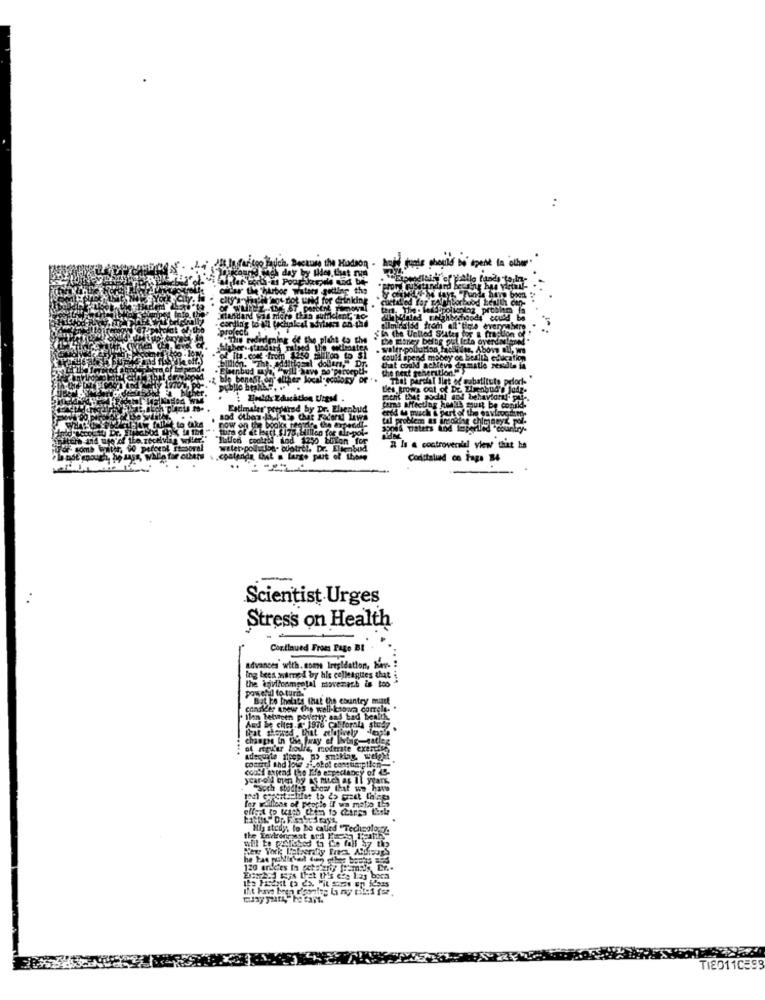
use the Hodson .
Enpendleity of iAllo funds to In-
harbor waters gelling the
IL dot wold for drinking
cuctalied for palmhborhood health cep-
rudidming of the pluit to the
Sla the United States for
her .. standary ratyed the wolfmates
of Its.com -from 4250 mililico to $1
could spend money ce health educat
billion. The. additional dollars," Dr.
Eisenbud wya
that could acheve de matle resulte
the next generation.""
ble bon
Test og" alther local-ecology of ..
That parcial llet of substitute pelod-
Les grows out of Dr. Zimenbud's judz.
Fatimaler" prepared by Dr. Elsenbud
Cams affecting health must be conik-
ered w much & part of the envioochen.
aod ctben la l'ab that Federal laws
now on the books rentre the expedidi-
tura of et leurt $175, billion for @li-pol-
soped waters And imperlled "country-
"Ibilen coolall iod 1250 bolon for
wiler pollutba- botrel. Dr. Elsenbud.
R Is & controversial view that he
Conttalund co Fags B4
-
Scientist Urges
Stress on Health
Continued From Page BI
Advances with. com Iresidation, bar-
ing lees wirned by his colleagues that
the anvilonmeetal movezach is too
powerd to turn.
Bat bo thelals that the country mine
consider anew the well-known comele.
ilan between poulety and bad benith,
And & chics.a. 1976 Cabforala study
changes in the paray of living-satleg
of rigl'ar hodie, moderate exercise
could topend the life expectancy of -
year-old om by at mitch ag il yeark.
aoch stodles show that we have
for waillens of people if wa moto LE
Nig strays to be called "Technology
TI8011C393